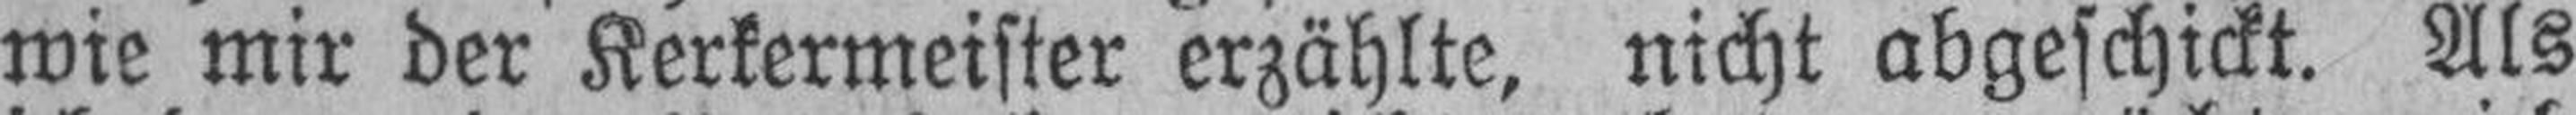
wie mir der Kerkermeister erzählte, nicht abgeschickt. Als